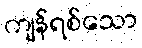
ကျန်ရစ်သော